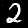
Label: 2